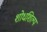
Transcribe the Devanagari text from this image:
शोधशिल्प